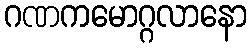
ဂဏကမောဂ္ဂလာနော